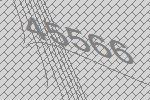
45566